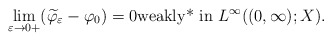
\begin{align*}\displaystyle \lim_{\varepsilon \to 0+} (\widetilde \varphi_\varepsilon - \varphi_0) = 0 \mbox{\rm weakly* in }L^\infty((0,\infty);X).\end{align*}